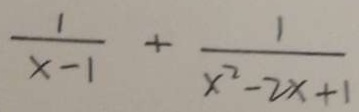
\frac { 1 } { x - 1 } + \frac { 1 } { x ^ { 2 } - 2 x + 1 }